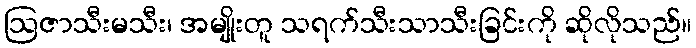
ဩဇာသီးမသီး၊ အမျိုးတူ သရက်သီးသာသီးခြင်းကို ဆိုလိုသည်။